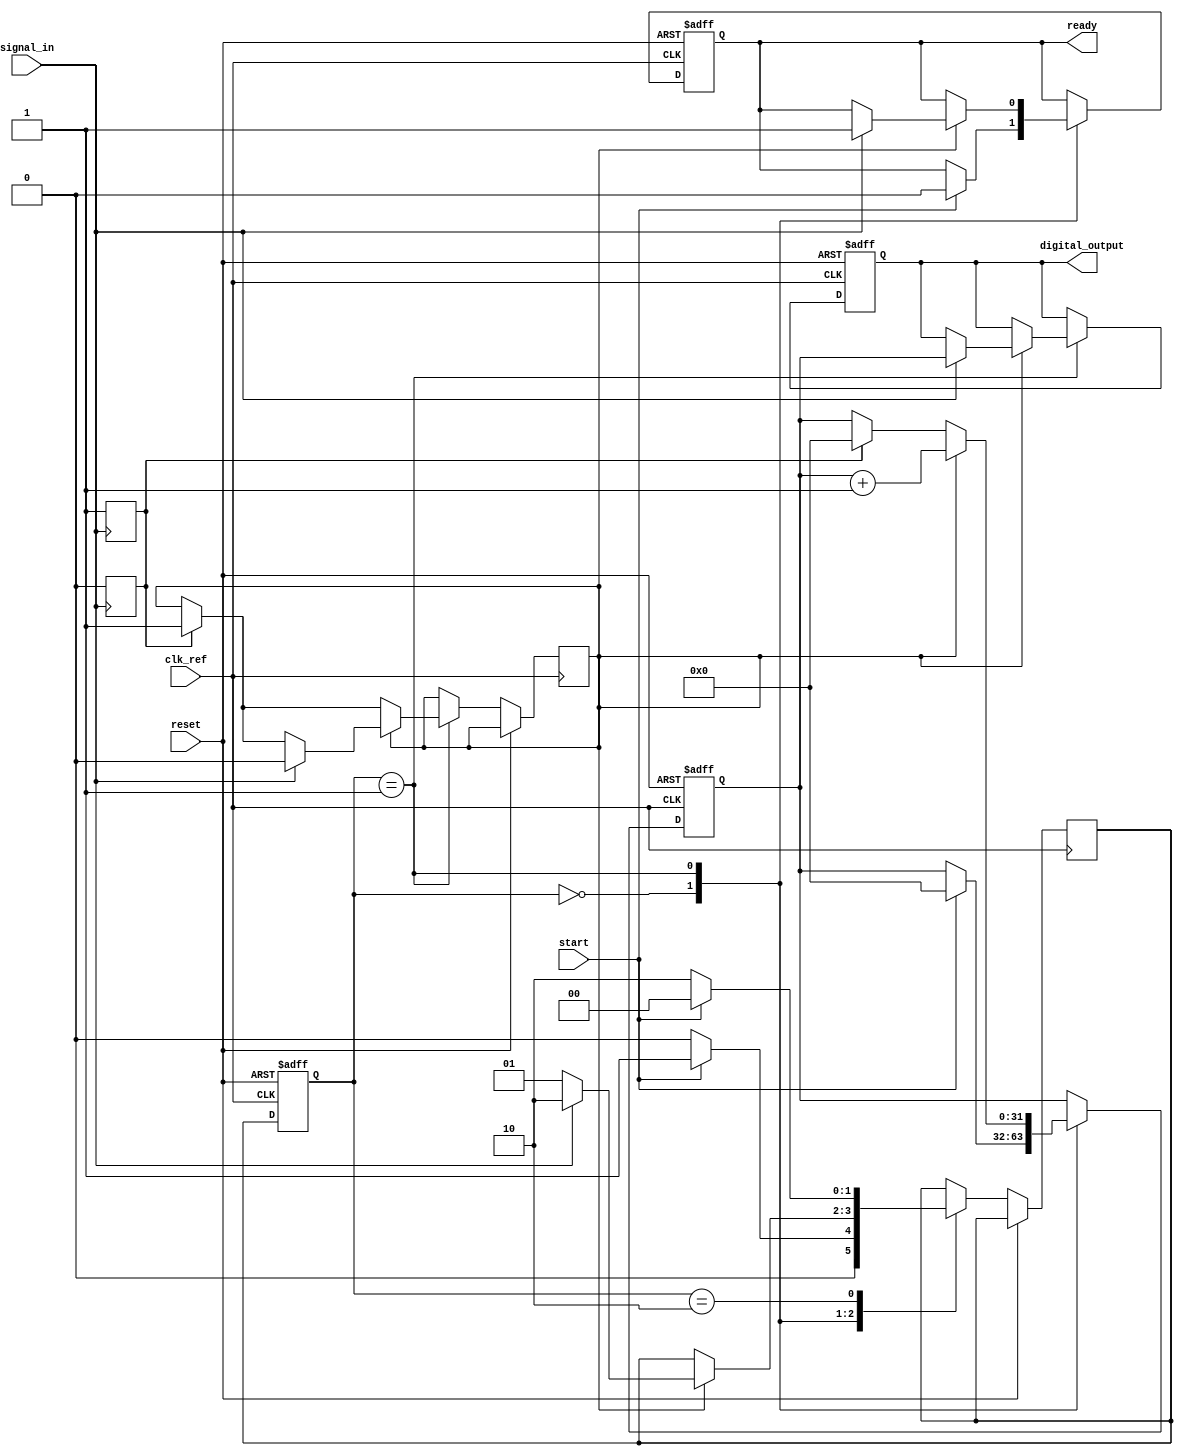
module TimeToDigitalConverter (
    input wire clk_ref,              // Reference clock input
    input wire signal_in,            // Input signal for timing measurement
    input wire start,                // Start signal to initiate measurement
    input wire reset,                // Asynchronous reset
    output reg [31:0] digital_output, // 32-bit digital output for the counted value
    output reg ready                 // Indicates when the result is ready
);

    // State definitions
    parameter IDLE = 2'b00;
    parameter MEASURE = 2'b01;
    parameter DONE = 2'b10;

    reg [1:0] state, next_state;     // State registers
    reg [31:0] counter;              // Counter for clock cycles
    reg edge_detected;               // Edge detection flag
    reg rising_edge_signal;          // Signal to execute state transitions

    // PLL parameters (simplified for demonstration)
    reg vco_output;                  // Output of the VCO, which is derived from PLL
    wire pll_clk;                    // Output clock from PLL
    reg [3:0] vco_freq_mult = 4;     // Frequency multiplier for PLL (can be tuned)

    // The PLL simulation: generates a vco_output based on the reference clock frequency
    always @(posedge clk_ref) begin
        vco_output <= ~vco_output; // Simplified model: toggling VCO output
    end

    // Edge detection: Triggered on rising edge of input signal
    always @(posedge signal_in) begin
        rising_edge_signal <= 1'b1; // Set flag on rising edge
    end

    // State machine for TDC operation
    always @(posedge clk_ref or posedge reset) begin
        if (reset) begin
            state <= IDLE;          // Reset to IDLE state
            counter <= 32'b0;       // Clear counter
            digital_output <= 32'b0; // Clear output
            ready <= 1'b0;          // Not ready
        end else begin
            state <= next_state;    // Transition to the next state

            // State machine behavior
            case (state)
                IDLE: begin
                    // Wait for start signal
                    if (start) begin
                        counter <= 0;
                        ready <= 1'b0;
                        next_state <= MEASURE;
                    end else begin
                        next_state <= IDLE;
                    end
                end

                MEASURE: begin
                    // Count rising edges of vco_output
                    if (rising_edge_signal) begin
                        edge_detected <= 1'b1; // Rising edge detected
                        counter <= 0;          // Reset counter
                    end
                    
                    // Counting logic
                    if (edge_detected == 1'b1) begin
                        counter <= counter + 1; // Increment counter
                        if (signal_in) begin // Detect next edge to complete measurement
                            edge_detected <= 1'b0; // Reset edge detection flag
                            digital_output <= counter; // Store counted value
                            ready <= 1'b1;          // Indicate result is ready
                            next_state <= DONE;     // Move to DONE state
                        end else begin
                            next_state <= MEASURE; // Stay in MEASURE
                        end
                    end
                end

                DONE: begin
                    // Measurement done; wait for reset or new start signal
                    if (start) begin
                        next_state <= IDLE;     // Go back to IDLE
                    end else begin
                        next_state <= DONE;     // Stay in DONE
                    end
                end
            endcase
        end
    end

    // Always reset the rising edge detection signal
    always @(negedge signal_in) begin
        rising_edge_signal <= 1'b0; // Reset on negative edge
    end

endmodule